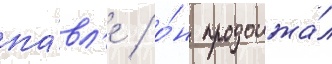
па́вл'е / о́н продолжа́л